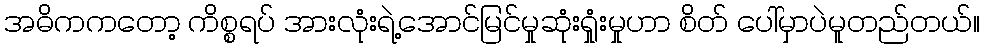
အဓိကကတော့ ကိစ္စရပ် အားလုံးရဲ့အောင်မြင်မှုဆုံးရှုံးမှုဟာ စိတ် ပေါ်မှာပဲမူတည်တယ်။